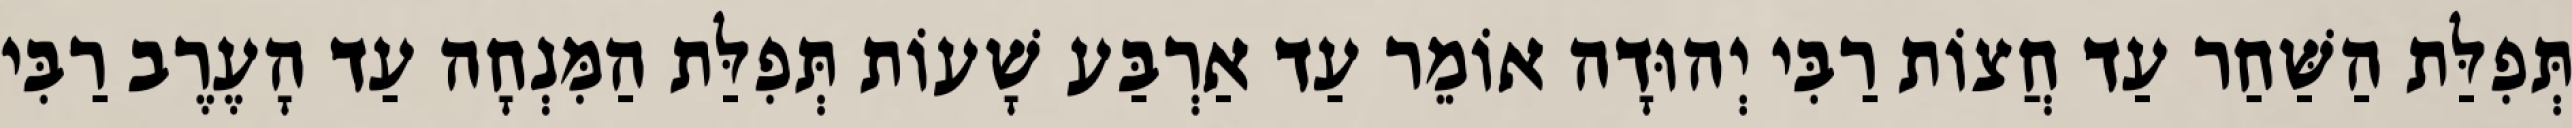
תְּפִלַּת הַשַּׁחַר עַד חֲצוֹת רַבִּי יְהוּדָה אוֹמֵר עַד אַרְבַּע שָׁעוֹת תְּפִלַּת הַמִּנְחָה עַד הָעֶרֶב רַבִּי